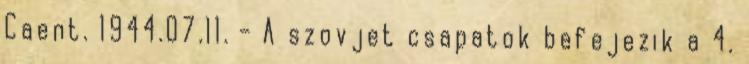
Caent. 1944.07.11. - A szovjet csapatok befejezik a 4.